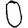
Digit: 0